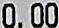
0.00